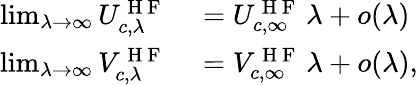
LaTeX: \begin{array}{rl}{\operatorname*{lim}_{\lambda\to\infty}U_{c,\lambda}^{\mathrm{~H~F~}}}&{{}=U_{c,\infty}^{\mathrm{~H~F~}}\, \lambda+o(\lambda)}\\ {\operatorname*{lim}_{\lambda\to\infty}V_{c,\lambda}^{\mathrm{~H~F~}}}&{{}=V_{c,\infty}^{\mathrm{~H~F~}}\, \lambda+o(\lambda),}\end{array}